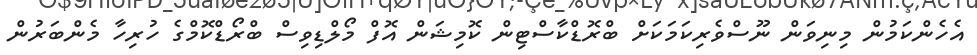
އެހެންކަމުން މިނިވަން ނޫސްވެރިކަމަކަށް ބްރޮޑްކާސްޓިން ކޮމިޝަން އޮފް މޯލްޑިވިސް ބްްރޯޑްކޮމްގެ ހުރިހާ މެންބަރުން